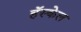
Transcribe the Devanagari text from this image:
हॅस्केल